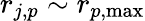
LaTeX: r_{j,p}\sim r_{p,\mathrm{{max}}}